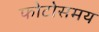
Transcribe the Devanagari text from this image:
फोटोसमय